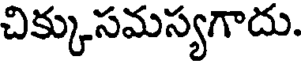
చిక్కుసమస్యగాదు.